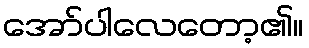
အော်ပါလေတော့၏။